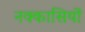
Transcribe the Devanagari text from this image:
नक्‍कासियों